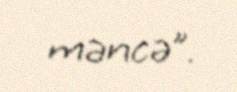
məncə”.